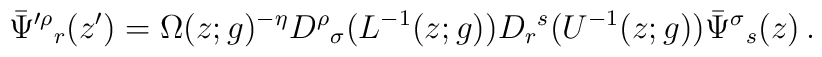
\bar{\Psi}^{\prime\rho}{}_{r}(z^{\prime})=\Omega(z;g)^{-\eta}D^{\rho}{}_{\sigma}(L^{-1}(z;g))D_{r}{}^{s}(U^{-1}(z;g))\bar{\Psi}^{\sigma}{}_{s}(z)\,.